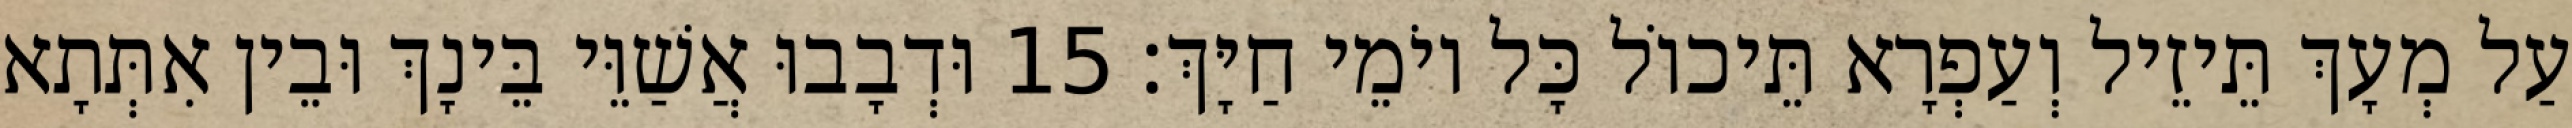
עַל מְעָךְ תֵּיזֵיל וְעַפְרָא תֵּיכוֹל כָּל יוֹמֵי חַיָּךְ׃ 15 וּדְבָבוּ אֲשַׁוֵּי בֵּינָךְ וּבֵין אִתְּתָא